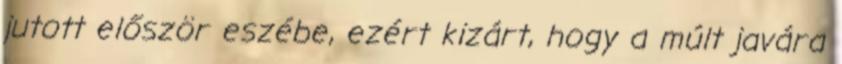
jutott először eszébe, ezért kizárt, hogy a múlt javára